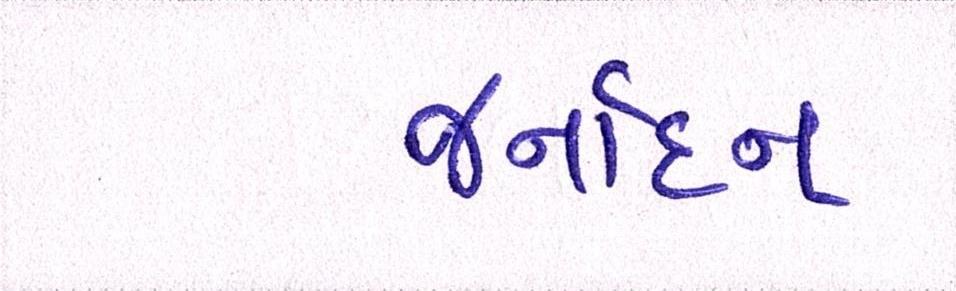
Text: જર્નાદન